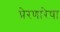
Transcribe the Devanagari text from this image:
प्रेरणारेषा